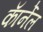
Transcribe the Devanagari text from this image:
काॅर्नेल